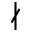
\nmid